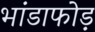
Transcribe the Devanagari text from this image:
भांडाफोड़